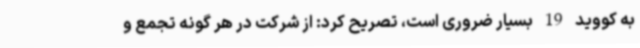
به کووید 19 بسیار ضروری است، تصریح کرد: از شرکت در هر گونه تجمع و